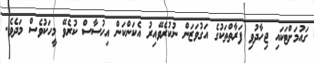
ގައުމަށްޓަކައި ޖިހާދުވި ފަރާތްތަކުގެ އަގުވަޒަން ނުކުރެވޭއިރު އެކަންކަން އިހުސާސް ކުރެވޭ މީހަކުވެސް މަދެވެ.